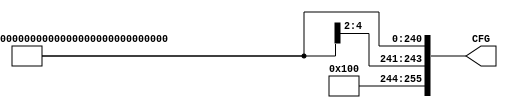
`define MEMORY 1'b0
`define IO     1'b1

`define DISABLE  1'b0
`define ENABLE   1'b1

`define PREFETCH    1'b1
`define NOFETCH     1'b0
`define IO_PREFETCH 1'b1

`define TYPE00     2'b00
`define TYPE01     2'b01
`define TYPE10     2'b10
`define IO_TYPE    2'b11

// BAR sizes in bytes
`define SIZE2G     32'h8000_0000
`define SIZE1G     32'hc000_0000
`define SIZE512M   32'he000_0000
`define SIZE256M   32'hf000_0000
`define SIZE128M   32'hf800_0000
`define SIZE64M    32'hfc00_0000
`define SIZE32M    32'hfe00_0000
`define SIZE16M    32'hff00_0000
`define SIZE8M     32'hff80_0000
`define SIZE4M     32'hffc0_0000
`define SIZE2M     32'hffe0_0000
`define SIZE1M     32'hfff0_0000
`define SIZE512K   32'hfff8_0000
`define SIZE256K   32'hfffc_0000
`define SIZE128K   32'hfffe_0000
`define SIZE64K    32'hffff_0000
`define SIZE32K    32'hffff_8000
`define SIZE16K    32'hffff_c000
`define SIZE8K     32'hffff_e000
`define SIZE4K     32'hffff_f000
`define SIZE2K     32'hffff_f800
`define SIZE1K     32'hffff_fc00
`define SIZE512    32'hffff_fe00
`define SIZE256    32'hffff_ff00
`define SIZE128    32'hffff_ff80
`define SIZE64     32'hffff_ffc0
`define SIZE32     32'hffff_ffe0
`define SIZE16     32'hffff_fff0

module cfg ( CFG );

  // Declare the port directions.
  output  [255:0]       CFG;

  /*************************************************************/
  /*  Configure Device, Vendor ID, Class Code, and Revision ID */
  /*************************************************************/

  // Device ID and Vendor ID
  assign CFG[151:120] = 32'h0300_10ee ;

  // Class Code and Revision ID
  assign CFG[183:152] = 32'h0b40_0000 ;

  /*************************************************************/
  /*  Configure Subsystem ID and SubVendor ID                  */
  /*************************************************************/

  // Subsystem ID and Subvendor ID
  assign CFG[215:184] = 32'h0000_0000 ;

  // External Subystem ID and Subvendor ID
  assign CFG[114] = `DISABLE ;

  /*************************************************************/
  /*  Configure Base Address Registers                         */
  /*************************************************************/

  // BAR0
  assign CFG[0]       = `ENABLE ;               // BAR enabled
  assign CFG[32:1]    = `SIZE16 ;               // BAR size
  assign CFG[33]      = `IO_PREFETCH ;          // Prefetchable
  assign CFG[35:34]   = `IO_TYPE ;
  assign CFG[36]      = `IO ;

  // BAR1
  assign CFG[37]      = `ENABLE ;               // BAR enabled
  assign CFG[69:38]   = `SIZE1M ;               // BAR size
  assign CFG[70]      = `PREFETCH ;             // Prefetchable
  assign CFG[72:71]   = `TYPE00 ;
  assign CFG[73]      = `MEMORY ;

  // BAR2
  assign CFG[74]      = `DISABLE ;              // BAR disabled
  assign CFG[106:75]  = `SIZE2G ;
  assign CFG[107]     = `NOFETCH ;
  assign CFG[109:108] = `TYPE00 ;
  assign CFG[110]     = `MEMORY ;

  /*************************************************************/
  /*  Configure MAX_LAT MIN_GNT                                */
  /*************************************************************/

  assign CFG[231:224] = 8'h00 ;
  assign CFG[223:216] = 8'h00 ;

  /************************************************************/
  /*  Configure other PCI options                             */
  /************************************************************/

  // Latency Timer Enable
  assign CFG[112] = `ENABLE ;

  // Interrupt Enable
  assign CFG[113] = `ENABLE ;

  /************************************************************/
  /*  For advanced users only                                 */
  /************************************************************/

  // Capability List Enable
  assign CFG[116] = `DISABLE ;

  // Capability List Pointer
  assign CFG[239:232] = 8'h00 ;

  // User Config Space Enable
  assign CFG[118] = `ENABLE ;

  // Interrupt Acknowledge
  assign CFG[240] = `DISABLE ;

  /************************************************************/
  /*  Do not modify any of the following settings!            */
  /************************************************************/

  // Obsolete
  assign CFG[111] = `DISABLE ;

  // Obsolete
  assign CFG[117] = `DISABLE ;

  // Obsolete
  assign CFG[119] = `DISABLE ;

  // Enable 66 MHz
  assign CFG[244] = `DISABLE ;

  assign CFG[248:245] = 4'b0000;

  assign CFG[254:249] = 6'b001000;

  // Do Not Modify
  assign CFG[115] = `DISABLE ;
  assign CFG[255] = `DISABLE ;

endmodule